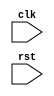
module timing_control_and_sync(
    input wire clk,
    input wire rst,
    // Add other input/output ports as needed
);

// Define timing registers
reg [7:0] timing_reg1;
reg [7:0] timing_reg2;

// Define input/output buffers
reg [7:0] input_buffer;
reg [7:0] output_buffer;

// Define clock dividers
reg [3:0] clock_divider;

// Define state machine
reg [2:0] state;

// Define states
parameter IDLE = 3'b000;
parameter DATA_TRANSFER = 3'b001;
parameter SYNC_EVENT = 3'b010;

// Clock signal generation
always @(posedge clk or negedge rst) begin
    if (!rst) begin
        // Reset logic here
    end else begin
        // Clock signal generation logic here
    end
end

// Data transfer timing management
always @(posedge clk or negedge rst) begin
    if (!rst) begin
        // Reset logic here
    end else begin
        // Data transfer timing management logic here
    end
end

// Interface with external devices
// Add logic here

// Proper synchronization of communication
always @(posedge clk or negedge rst) begin
    if (!rst) begin
        // Reset logic here
    end else begin
        // Synchronization logic here
    end
end

endmodule